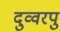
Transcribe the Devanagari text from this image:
दुव्वरपु